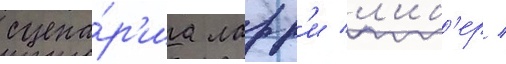
сцена́р'иа ларр'и л'иб'ер /